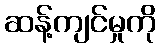
ဆန့်ကျင်မှုကို